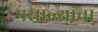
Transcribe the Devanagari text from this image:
मसाल्यांचा